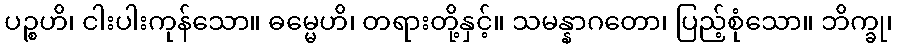
ပဉ္စဟိ၊ ငါးပါးကုန်သော။ ဓမ္မေဟိ၊ တရားတို့နှင့်။ သမန္နာဂတော၊ ပြည့်စုံသော။ ဘိက္ခု၊